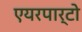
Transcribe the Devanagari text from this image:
एयरपार्टो